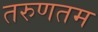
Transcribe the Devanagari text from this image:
तरुणतम